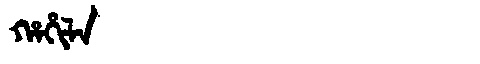
Manchu: ᡥᠠᡥᡳᠯᠠ
Romanization: HAHILA